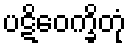
ပဋိဝေက္ခိတုံ